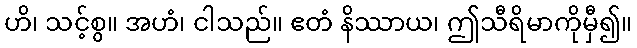
ဟိ၊ သင့်စွ။ အဟံ၊ ငါသည်။ ဧတံ နိဿာယ၊ ဤသီရိမာကိုမှီ၍။